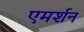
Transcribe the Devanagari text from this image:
एमर्शन